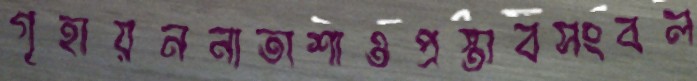
গৃহায়ননাতাশাওপ্রস্তাবসংবল